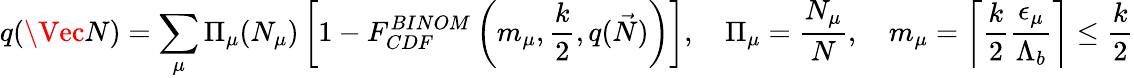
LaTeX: q(\Vec{N})=\sum_{\mu}{\Pi}_{\mu}(N_{\mu})\left[1-F_{CDF}^{BINOM}\left(m_{\mu},\frac{k}{2},q(\vec{N})\right)\right],\quad{\Pi}_{\mu}=\frac{N_{\mu}}{N},\quad m_{\mu}=\left\lceil{\frac{k}{2}\frac{{\epsilon}_{\mu}}{{\Lambda}_{b}}}\right\rceil\leq\frac{k}{2}